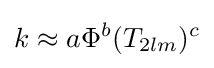
k\approx a\Phi ^{b}(T_{2lm})^{c}